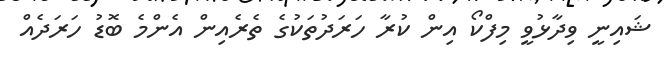
ޝައިނީ ވިދާޅުވީ މިފްކޯ އިން ކުރާ ހަރަދުތަކުގެ ތެރެއިން އެންމެ ބޮޑު ހަރަދެއް